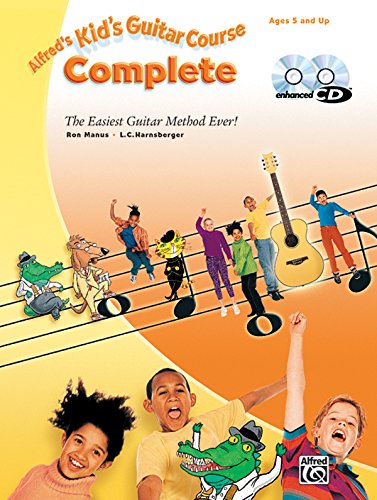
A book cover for Kid's Guitar Course Complete (Book, Enhanced CD & DVD) (Alfred's Kid's Guitar Course); Ron Manus; Arts & Photography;